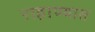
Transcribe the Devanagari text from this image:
राहाण्यात